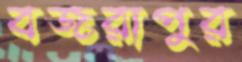
বজরাপুর